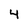
Character: 4